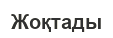
Жоқтады